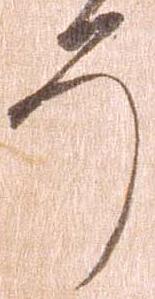
そ